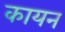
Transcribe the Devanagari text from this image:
कायन